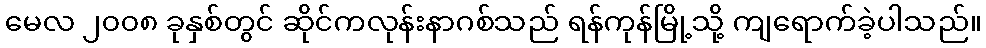
မေလ ၂၀၀၈ ခုနှစ်တွင် ဆိုင်ကလုန်းနာဂစ်သည် ရန်ကုန်မြို့သို့ ကျရောက်ခဲ့ပါသည်။